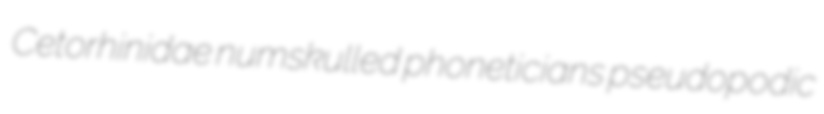
Cetorhinidae numskulled phoneticians pseudopodic